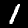
Label: 1